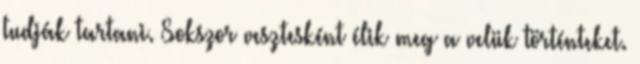
tudják tartani. Sokszor vesztesként élik meg a velük történteket.